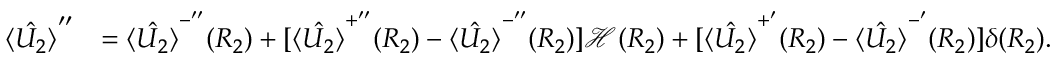
\begin{array} { r l } { \hat { \langle U _ { 2 } \rangle } ^ { \prime \prime } } & { = \hat { \langle U _ { 2 } \rangle } ^ { - ^ { \prime \prime } } ( R _ { 2 } ) + [ \hat { \langle U _ { 2 } \rangle } ^ { + ^ { \prime \prime } } ( R _ { 2 } ) - \hat { \langle U _ { 2 } \rangle } ^ { - ^ { \prime \prime } } ( R _ { 2 } ) ] \mathcal { H } ( R _ { 2 } ) + [ \hat { \langle U _ { 2 } \rangle } ^ { + ^ { \prime } } ( R _ { 2 } ) - \hat { \langle U _ { 2 } \rangle } ^ { - ^ { \prime } } ( R _ { 2 } ) ] \delta ( R _ { 2 } ) . } \end{array}